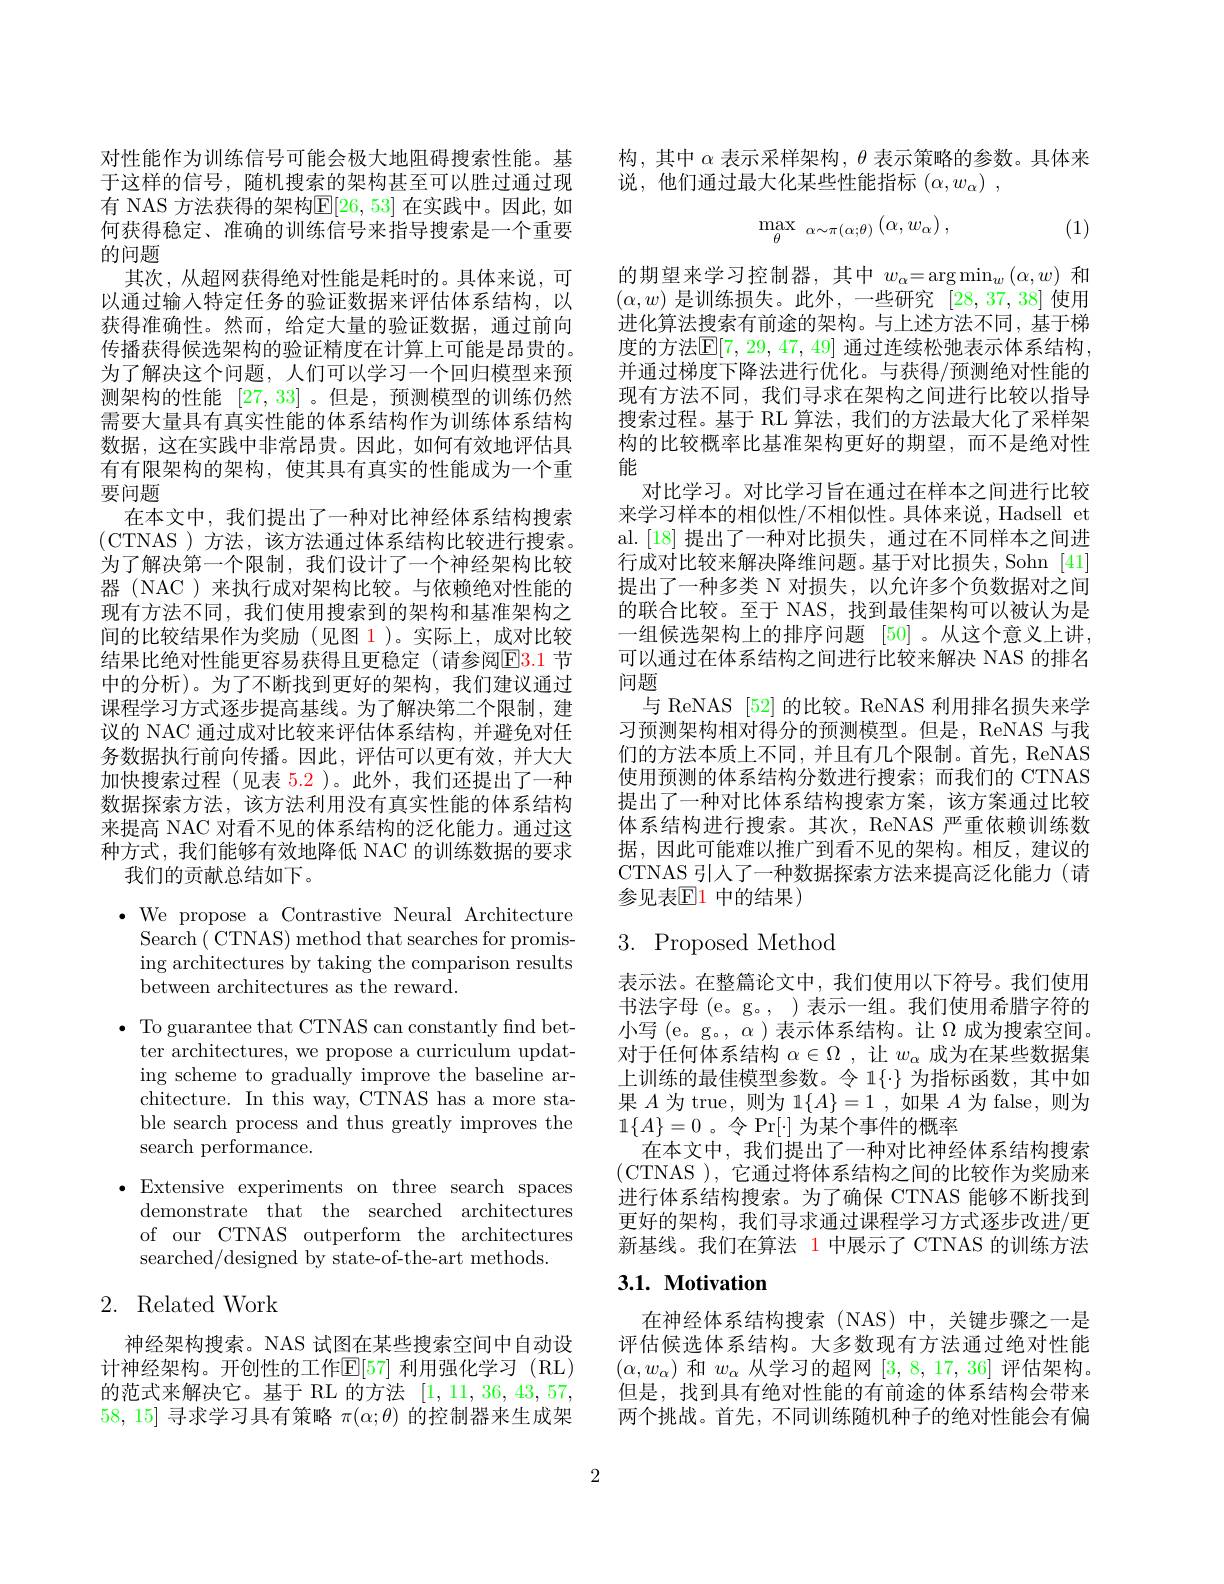
对性能作为训练信号可能会极大地阻碍搜索性能。基于这样的信号，随机搜索的架构甚至可以胜过通过现有 NAS 方法获得的架构$\mathbb{E}[26,53]$ 在实践中。因此，如何获得稳定、准确的训练信号来指导搜索是一个重要的问题
其次，从超网获得绝对性能是耗时的。具体来说，可以通过输入特定任务的验证数据来评估体系结构，以获得准确性。然而，给定大量的验证数据，通过前向传播获得候选架构的验证精度在计算上可能是昂贵的。为了解决这个问题，人们可以学习一个回归模型来预测架构的性能[27,33] 。但是，预测模型的训练仍然需要大量具有真实性能的体系结构作为训练体系结构数据，这在实践中非常昂贵。因此，如何有效地评估具有有限架构的架构，使其具有真实的性能成为一个重要问题
在本文中，我们提出了一种对比神经体系结构搜索(CTNAS)方法，该方法通过体系结构比较进行搜索。为了解决第一个限制，我们设计了一个神经架构比较器 (NAC)来执行成对架构比较。与依赖绝对性能的现有方法不同，我们使用搜索到的架构和基准架构之间的比较结果作为奖励(见图 1)。实际上，成对比较结果比绝对性能更容易获得且更稳定 (请参阅$\color{red}{\mathrm{E}}\color{blue}{\mathrm{3.1}}$ 节中的分析)。为了不断找到更好的架构，我们建议通过课程学习方式逐步提高基线。为了解决第二个限制，建议的 NAC 通过成对比较来评估体系结构，并避免对任务数据执行前向传播。因此，评估可以更有效，并大大加快搜索过程(见表 5.2)。此外，我们还提出了一种数据探索方法，该方法利用没有真实性能的体系结构来提高 NAC 对看不见的体系结构的泛化能力。通过这种方式，我们能够有效地降低 NAC 的训练数据的要求
我们的贡献总结如下。
$\bullet$ We propose a Contrastive Neural Architecture

Search ( CTNAS) method that searches for promis-

ing architectures by taking the comparison results

between architectures as the reward.

$\bullet$ To guarantee that CTNAS can constantly find bet-

ter architectures, we propose a curriculum updat-

ing scheme to gradually improve the baseline ar-

chitecture. In this way, CTNAS has a more sta-

ble search process and thus greatly improves the

search performance.

$\bullet$Extensive experiments on three search spaces
demonstrate that the searched architectures of our CTNAS outperform the architectures searched/designed by state-of-the-art methods.

# 2. Related Work

神经架构搜索。NAS 试图在某些搜索空间中自动设计神经架构。开创性的工作$\mathbb{E}[57]$ 利用强化学习 (RL) 的范式来解决它。基于 RL 的方法[1,11,36,43,57, 58, 15] 寻求学习具有策略$\pi(\alpha;\theta)$的控制器来生成架

构，其中$\alpha$表示采样架构，$\theta$表示策略的参数。具体来
说，他们通过最大化某些性能指标$( \alpha , w_\alpha )$ ,
$$\max_{\theta}_{\alpha\sim\pi(\alpha;\theta)}\left(\alpha,w_{\alpha}\right),$$
(1)

的期望来学习控制器，其中$w_\alpha=\operatorname{arg}\operatorname*{min}_w\left(\alpha,w\right)$和$(\alpha,w)$是训练损失。此外，一些研究[28,37,38]使用进化算法搜索有前途的架构。与上述方法不同，基于梯度的方法$\boxed{\mathbb{E}}[7,29,47,49]$ 通过连续松弛表示体系结构， 并通过梯度下降法进行优化。与获得/预测绝对性能的现有方法不同，我们寻求在架构之间进行比较以指导搜索过程。基于 RL 算法，我们的方法最大化了采样架构的比较概率比基准架构更好的期望，而不是绝对性能
对比学习。对比学习旨在通过在样本之间进行比较来学习样本的相似性/不相似性。具体来说，Hadsell et al.[18] 提出了一种对比损失，通过在不同样本之间进行成对比较来解决降维问题。基于对比损失，Sohn [41] 提出了一种多类 N 对损失，以允许多个负数据对之间的联合比较。至于 NAS, 找到最佳架构可以被认为是一组候选架构上的排序问题[50] 。从这个意义上讲可以通过在体系结构之间进行比较来解决 NAS 的排名问题
与 ReNAS [52] 的比较。ReNAS 利用排名损失来学习预测架构相对得分的预测模型。但是，ReNAS 与我们的方法本质上不同，并且有几个限制。首先，ReNAS 使用预测的体系结构分数进行搜索；而我们的 CTNAS 提出了一种对比体系结构搜索方案，该方案通过比较体系结构进行搜索。其次，ReNAS 严重依赖训练数据，因此可能难以推广到看不见的架构。相反，建议的CTNAS 引人了一种数据探索方法来提高泛化能力(请参见表$\mathbb{E}$1 中的结果)

## 3. Proposed Method

表示法。在整篇论文中，我们使用以下符号。我们使用书法字母 (e。g。, ) 表示一组。我们使用希腊字符的小写 (e。g。, $\alpha$ )表示体系结构。让$\Omega$成为搜索空间。对于任何体系结构$\alpha\in\Omega$ ,让$w_\alpha$成为在某些数据集上训练的最佳模型参数。令 1{}-}为指标函数，其中如果$A$为 true, 则为 1$\{A\}=1$,如果$A$为 false,则为$1\{A\}=0$。令$\Pr[\cdot]$ 为某个事件的概率
在本文中，我们提出了一种对比神经体系结构搜索(CTNAS ), 它通过将体系结构之间的比较作为奖励来进行体系结构搜索。为了确保 CTNAS 能够不断找到更好的架构，我们寻求通过课程学习方式逐步改进/更新基线。我们在算法 1 中展示了 CTNAS 的训练方法

## 3.1. Motivation

在神经体系结构搜索(NAS)中，关键步骤之一是评估候选体系结构。大多数现有方法通过绝对性能$(\alpha,w_\alpha)$和$w_\alpha$从学习的超网[3,8,17,36]评估架构。但是，找到具有绝对性能的有前途的体系结构会带来两个挑战。首先，不同训练随机种子的绝对性能会有偏

2